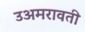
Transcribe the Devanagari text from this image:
उअमरावती